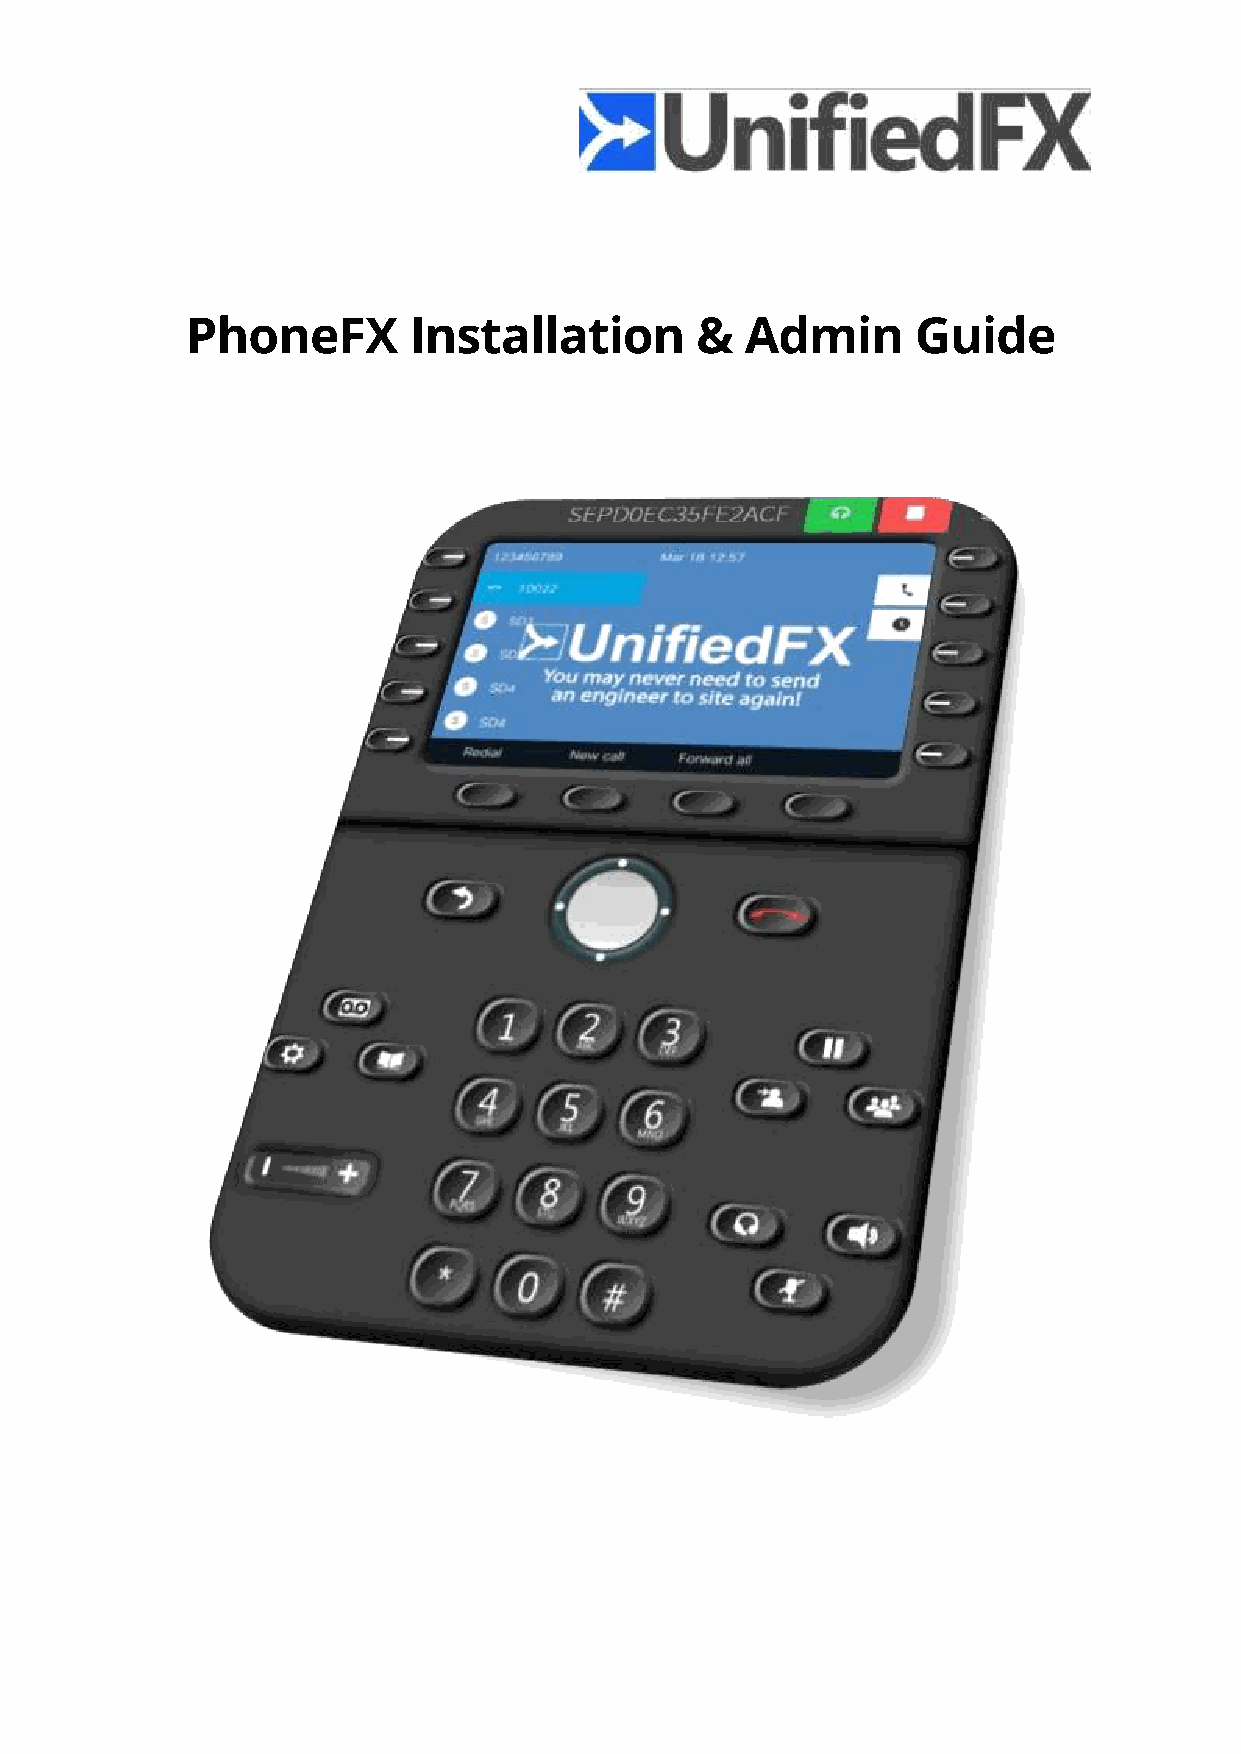
PhoneFX        Installation       &  Admin       Guide